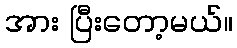
အား ပြီးတော့မယ်။